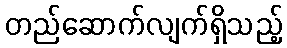
တည်ဆောက်လျက်ရှိသည့်